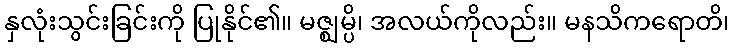
နှလုံးသွင်းခြင်းကို ပြုနိုင်၏။ မဇ္ဈမ္ပိ၊ အလယ်ကိုလည်း။ မနသိကရောတိ၊